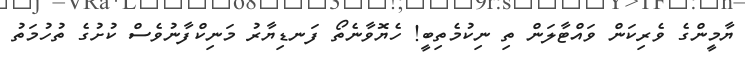
ޔާމީންގެ ވެރިކަން ވައްޓާލަން ތި ނިކުމެތިބީ! ހެޔޮވާނެތޯ ފަނޑިޔާރު މަނިކްފާނުވެސް ކުށުގެ ތުހުމަތު